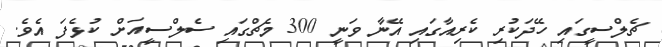
ޗެލްސީގައި ހޭދަކުރި ކެރިއާގައި އޭނާ ވަނީ 300 މެޗްގައި ސެލްސީއަށް ކުޅެފަ އެވެ.